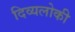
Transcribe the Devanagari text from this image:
दिव्यलोकी